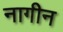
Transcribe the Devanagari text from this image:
नागीन